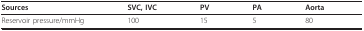
| Sources | SVC, IVC | PV | PA | Aorta |
 | --- | --- | --- | --- | --- |
 | Reservoir pressure/mmHg | 100 | 15 | 5 | 80 |